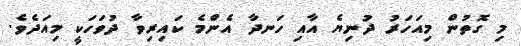
މި ގޮތުން މިއަހަރު ދުނިޔެ އާއި ހަނދާ އެންމެ ކައިރިވާ ދުވަހަކީ މިއަދެވެ.